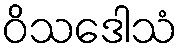
ဝိသဒေါသံ